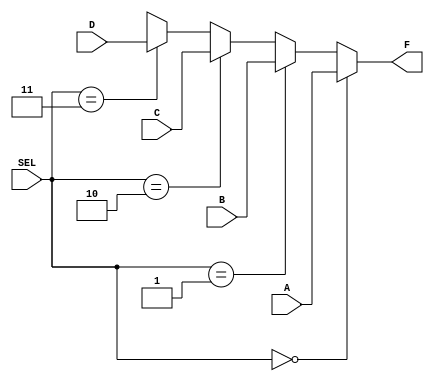
module MUX4TO1(A, B, C, D, SEL, F);
	
	input [3:0] A, B, C, D;
	input [1:0] SEL;
	output [3:0] F;

	assign F = (SEL == 2'b00) ? A :
			   (SEL == 2'b01) ? B :
			   (SEL == 2'b10) ? C :
			   (SEL == 2'b11) ? D : 4'bx;

endmodule